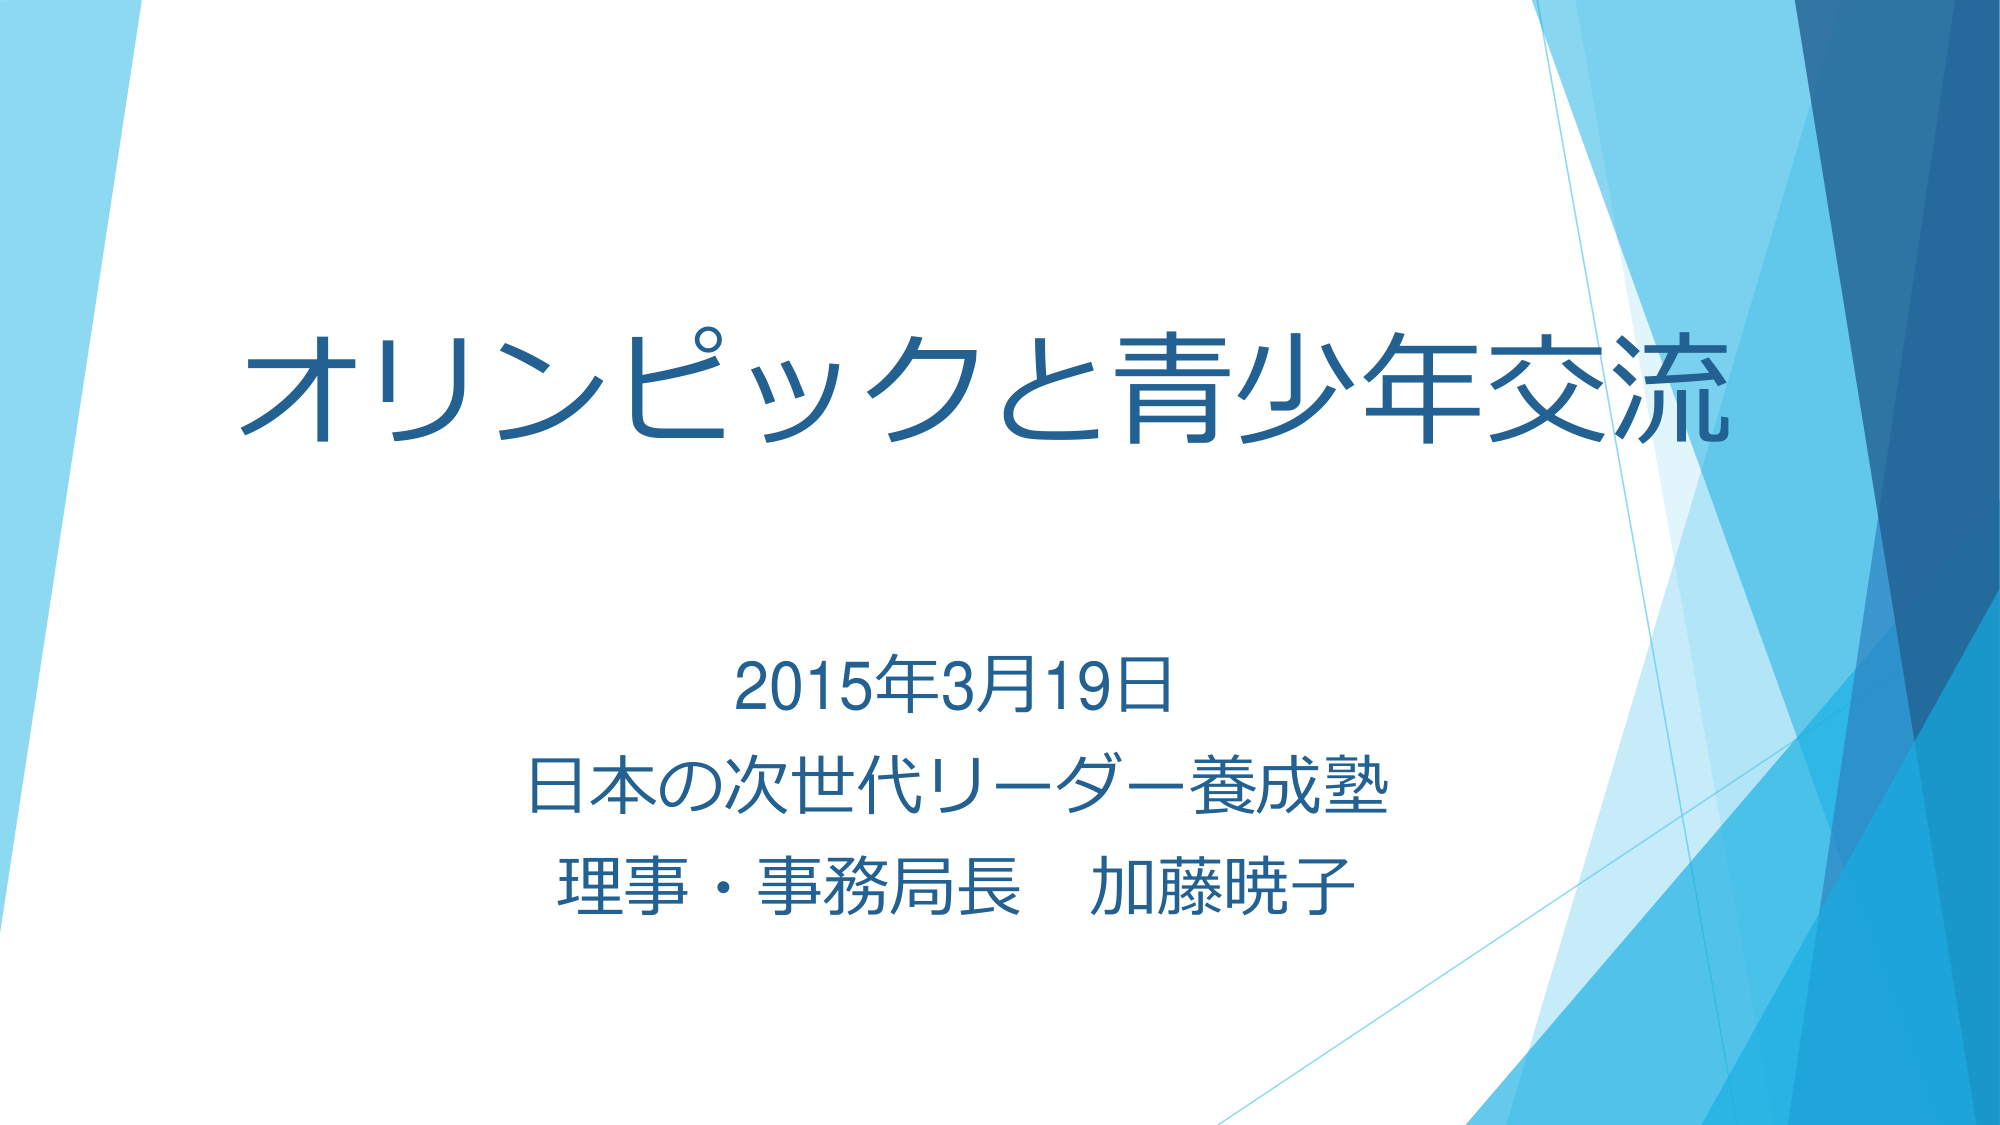
オリンピックと青少年交流
2015年3月19日
日本の次世代リーダー養成塾
理事・事務局長 加藤暁子